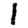
Digit: 1